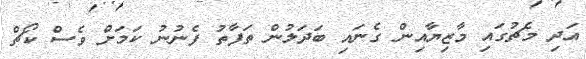
އަދި މެޗުގައި މާޒިޔާއިން ގެނައި ބަދަލުން ތަފާތު ފެނުނު ކަމަށް ވެސް ކޯޗް